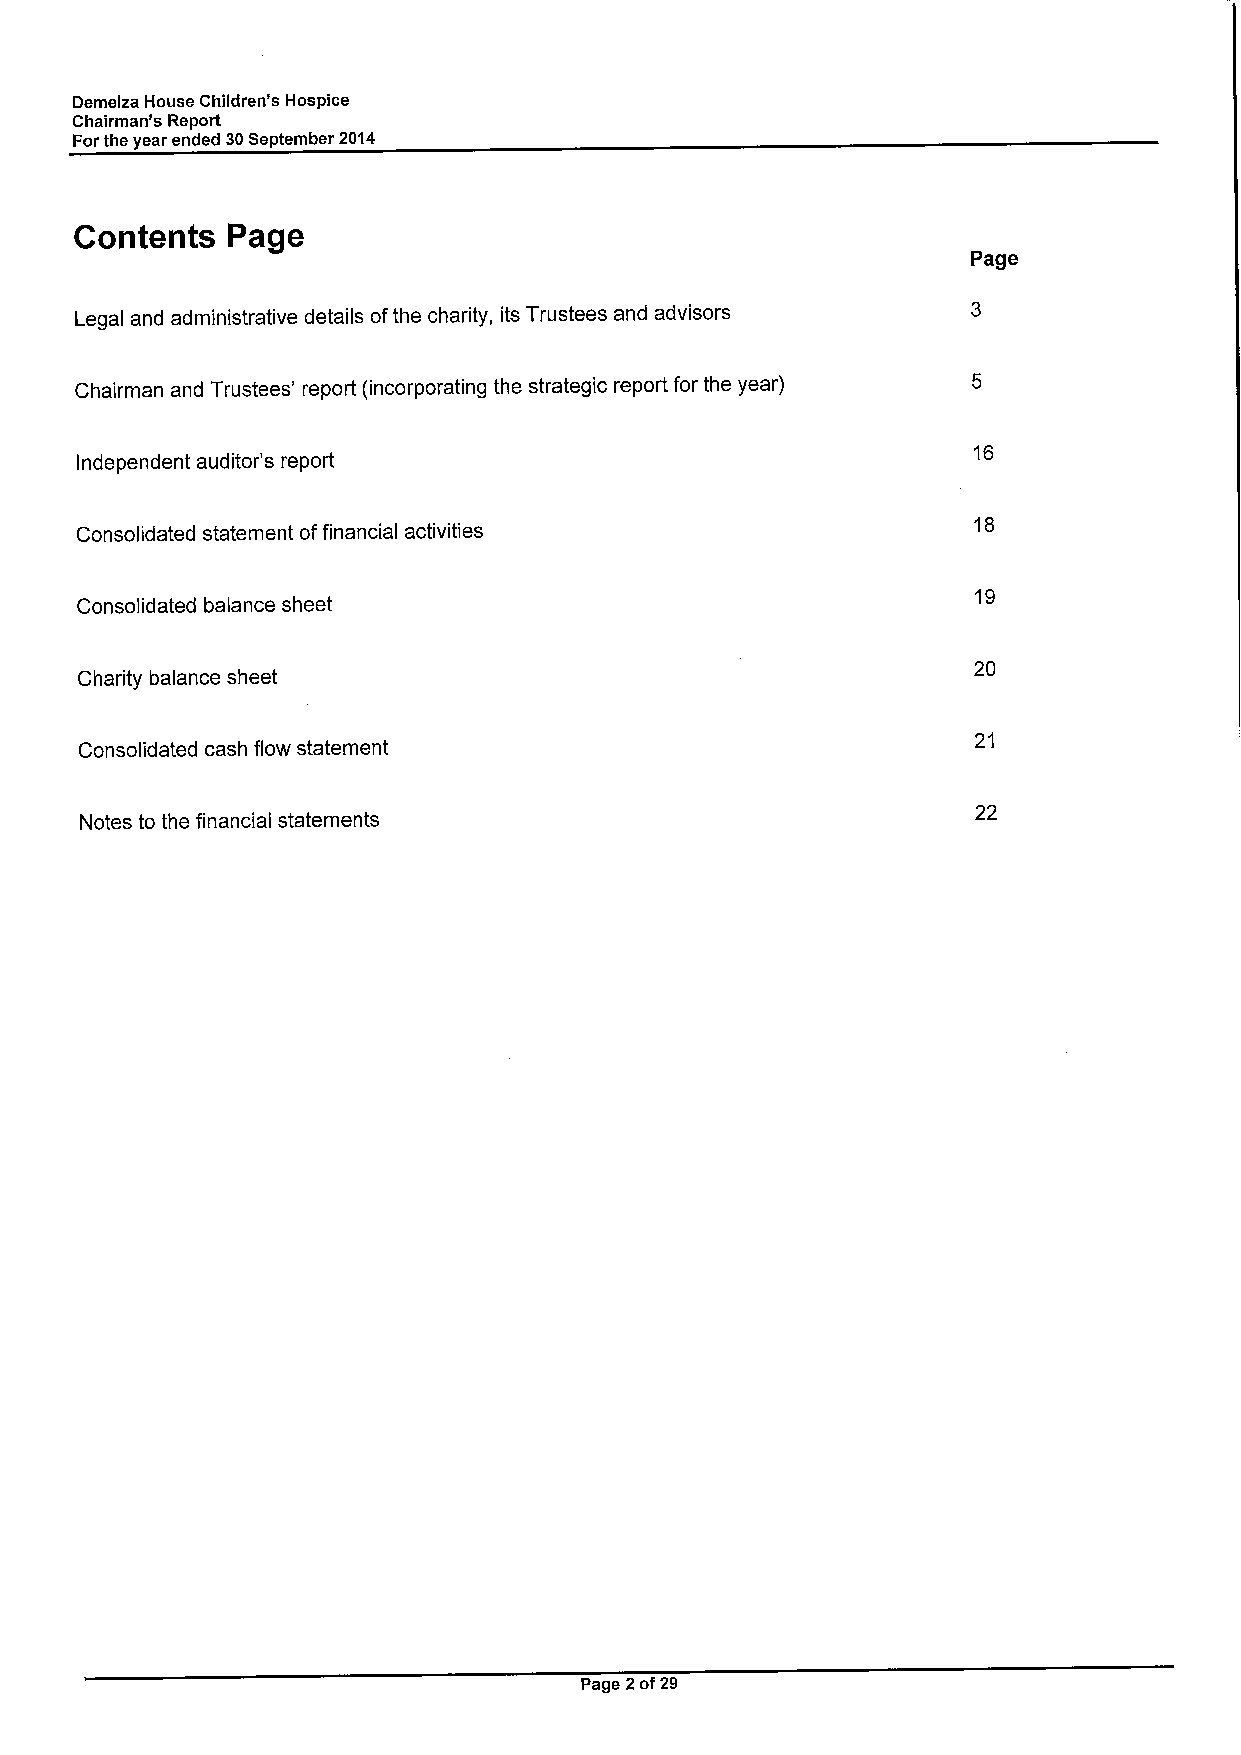
Demelza House Children's Hospice
 Chairman's Report
 Forthe year ended 30September 2014
 Contents  Page
 Page
 Legal and administrative details ofthe charity, its Trustees and advisors
 Chairman and Trustees' report (incorporating the strategic report for the year)
 16
 Independent auditor's report
 18
 Consolidated statement offinancial activities
 19
 Consolidated balance sheet
 20
 Charity balance sheet
 21
 Consolidated cash flow statement
 22
 Notes to the financial statements
 Page 2of29